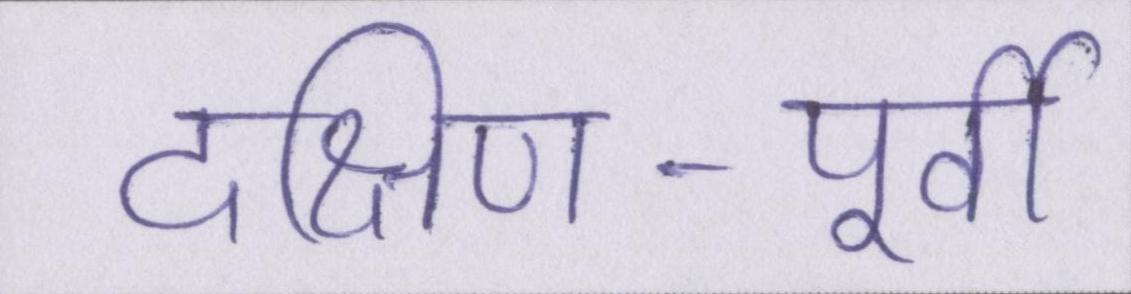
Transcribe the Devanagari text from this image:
दक्षिण-पूर्वी